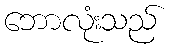
ဘောလုံးသည်